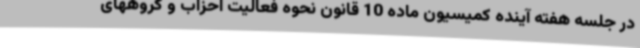
در جلسه هفته آینده کمیسیون ماده 10 قانون نحوه فعالیت احزاب و گروههای